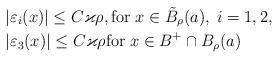
LaTeX: \begin{align*}&|\varepsilon_i (x)| \le C\varkappa \rho, \mbox{for} \; x \in \tilde{B}_\rho(a), \; i=1,2, \\&|\varepsilon_3(x)| \le C\varkappa \rho \mbox{for} \; x \in B^+ \cap B_\rho(a) \end{align*}